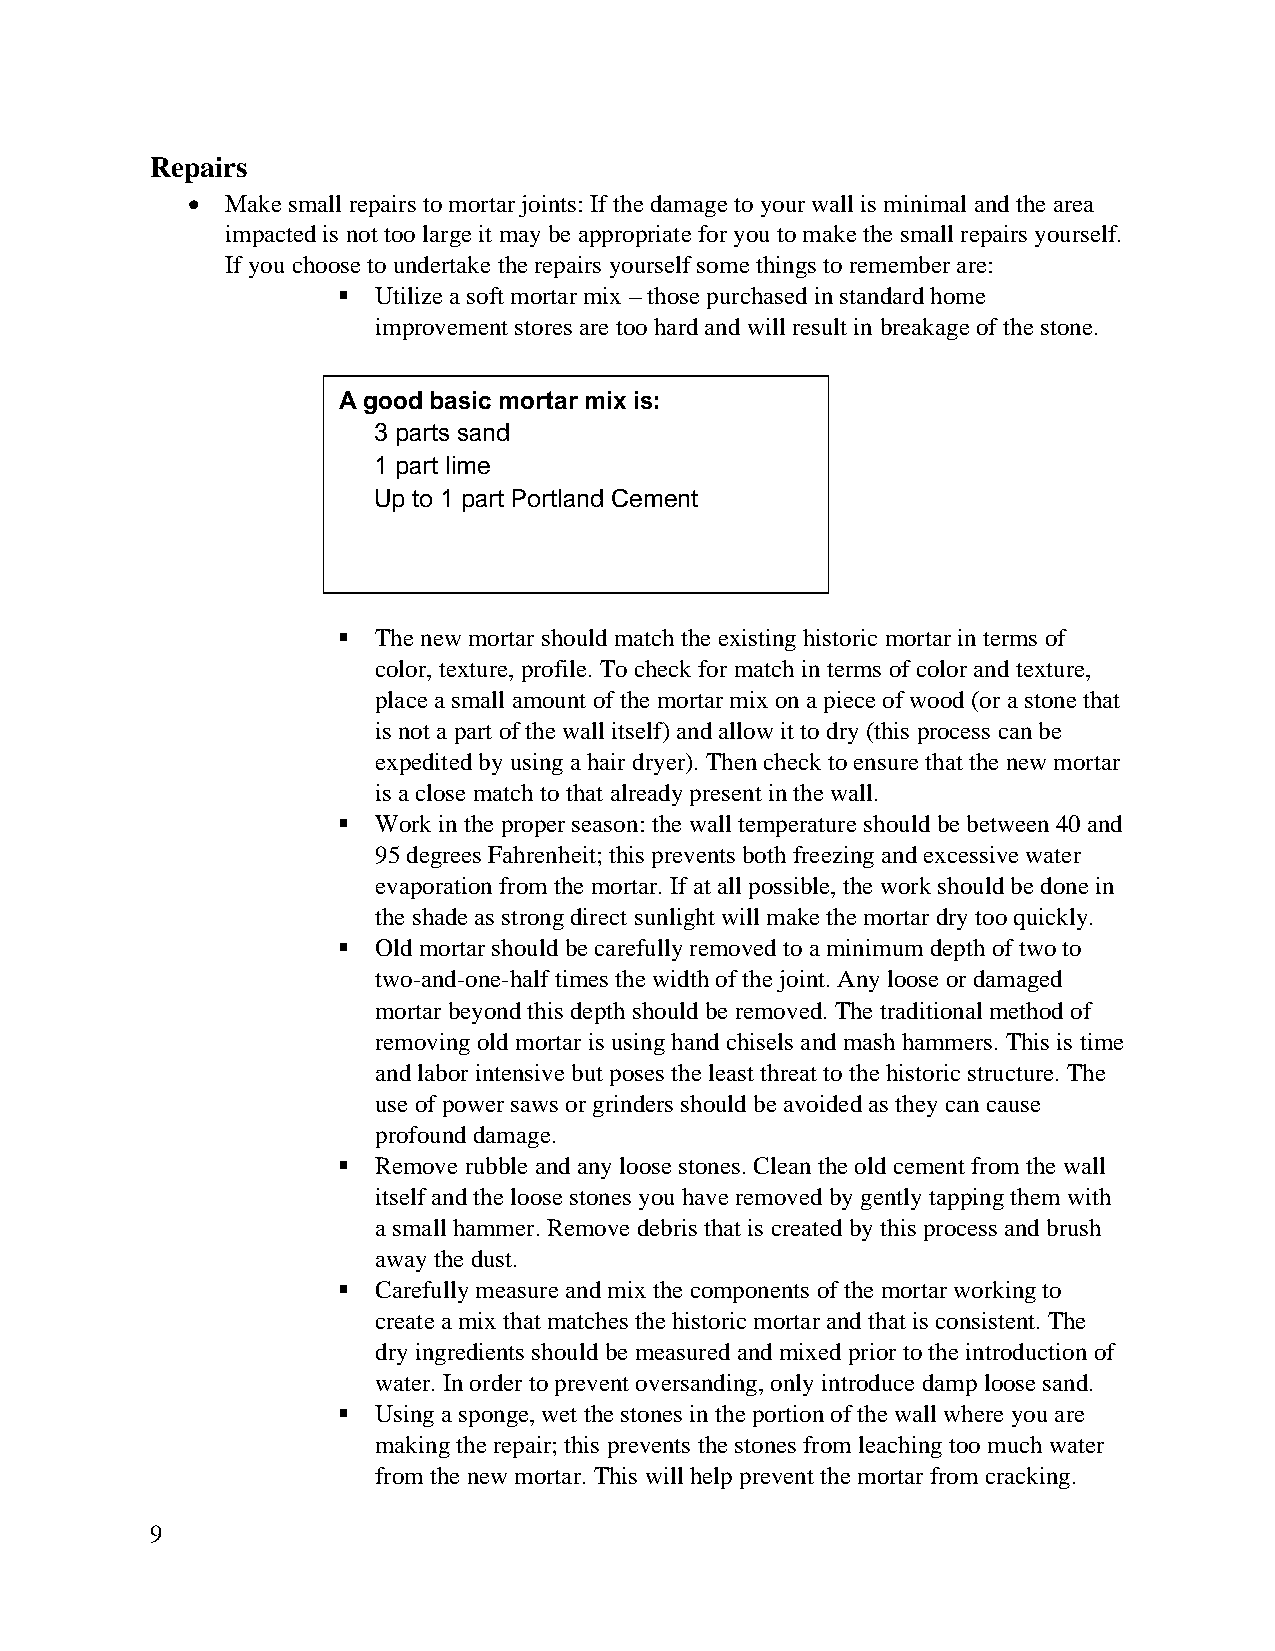
Repairs
 •  Make small repairs to mortar joints: If the damage to your wall is minimal and the area
 impacted is not too large it may be appropriate for you to make the small repairs yourself.
 If you choose to undertake the repairs yourself some things to remember are:
 ▪  Utilize a soft mortar mix – those purchased in standard home
 improvement stores are too hard and will result in breakage of the stone.
 A good basic mortar mix is:
 3 parts sand
 1 part lime
 Up to 1 part Portland Cement
 ▪  The new mortar should match the existing historic mortar in terms of
 color, texture, profile. To check for match in terms of color and texture,
 place a small amount of the mortar mix on a piece of wood (or a stone that
 is not a part of the wall itself) and allow it to dry (this process can be
 expedited by using a hair dryer). Then check to ensure that the new mortar
 is a close match to that already present in the wall.
 ▪  Work in the proper season: the wall temperature should be between 40 and
 95 degrees Fahrenheit; this prevents both freezing and excessive water
 evaporation from the mortar. If at all possible, the work should be done in
 the shade as strong direct sunlight will make the mortar dry too quickly.
 ▪  Old mortar should be carefully removed to a minimum depth of two to
 two-and-one-half times the width of the joint. Any loose or damaged
 mortar beyond this depth should be removed. The traditional method of
 removing old mortar is using hand chisels and mash hammers. This is time
 and labor intensive but poses the least threat to the historic structure. The
 use of power saws or grinders should be avoided as they can cause
 profound damage.
 ▪  Remove rubble and any loose stones. Clean the old cement from the wall
 itself and the loose stones you have removed by gently tapping them with
 a small hammer. Remove debris that is created by this process and brush
 away the dust.
 ▪  Carefully measure and mix the components of the mortar working to
 create a mix that matches the historic mortar and that is consistent. The
 dry ingredients should be measured and mixed prior to the introduction of
 water. In order to prevent oversanding, only introduce damp loose sand.
 ▪  Using a sponge, wet the stones in the portion of the wall where you are
 making the repair; this prevents the stones from leaching too much water
 from the new mortar. This will help prevent the mortar from cracking.
 9